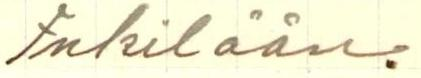
Inkilään.